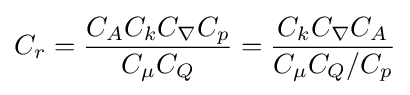
C_{r}={\frac {C_{A}C_{k}C_{\nabla }C_{p}}{C_{\mu }C_{Q}}}={\frac {C_{k}C_{\nabla }C_{A}}{C_{\mu }C_{Q}/C_{p}}}